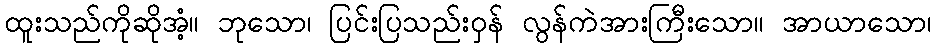
ထူးသည်ကိုဆိုအံ့။ ဘုသော၊ ပြင်းပြသည်းဝှန် လွန်ကဲအားကြီးသော။ အာယာသော၊